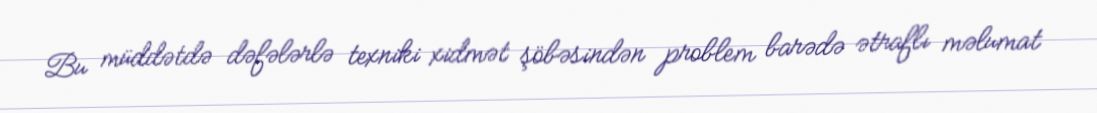
Bu müddətdə dəfələrlə texniki xidmət şöbəsindən problem barədə ətraflı məlumat